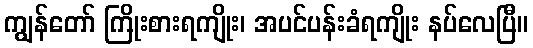
ကျွန်တော် ကြိုးစားရကျိုး၊ အပင်ပန်းခံရကျိုး နပ်လေပြီ။